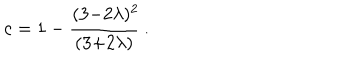
c = 1 - \frac { ( 3 { - } 2 \lambda ) ^ { 2 } \! } { ( 3 { + } 2 \lambda ) } ~ .